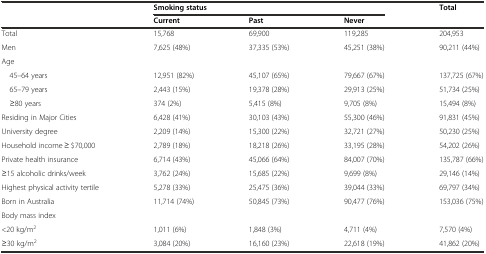
|  | <COLSPAN=3> Smoking status | Total |
 |  | Current | Past | Never |  |
 | --- | --- | --- | --- | --- |
 | Total | 15,768 | 69,900 | 119,285 | 204,953 |
 | Men | 7,625 (48%) | 37,335 (53%) | 45,251 (38%) | 90,211 (44%) |
 | Age |  |  |  |  |
 | 45–64 years | 12,951 (82%) | 45,107 (65%) | 79,667 (67%) | 137,725 (67%) |
 | 65–79 years | 2,443 (15%) | 19,378 (28%) | 29,913 (25%) | 51,734 (25%) |
 | ≥80 years | 374 (2%) | 5,415 (8%) | 9,705 (8%) | 15,494 (8%) |
 | Residing in Major Cities | 6,428 (41%) | 30,103 (43%) | 55,300 (46%) | 91,831 (45%) |
 | University degree | 2,209 (14%) | 15,300 (22%) | 32,721 (27%) | 50,230 (25%) |
 | Household income ≥ $70,000 | 2,789 (18%) | 18,218 (26%) | 33,195 (28%) | 54,202 (26%) |
 | Private health insurance | 6,714 (43%) | 45,066 (64%) | 84,007 (70%) | 135,787 (66%) |
 | ≥15 alcoholic drinks/week | 3,762 (24%) | 15,685 (22%) | 9,699 (8%) | 29,146 (14%) |
 | Highest physical activity tertile | 5,278 (33%) | 25,475 (36%) | 39,044 (33%) | 69,797 (34%) |
 | Born in Australia | 11,714 (74%) | 50,845 (73%) | 90,477 (76%) | 153,036 (75%) |
 | Body mass index |  |  |  |  |
 | <20 kg/m2 | 1,011 (6%) | 1,848 (3%) | 4,711 (4%) | 7,570 (4%) |
 | ≥30 kg/m2 | 3,084 (20%) | 16,160 (23%) | 22,618 (19%) | 41,862 (20%) |